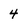
Character: 4